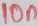
Text: 10n